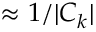
\approx 1 / | C _ { k } |